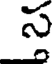
స